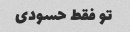
تو فقط حسودی